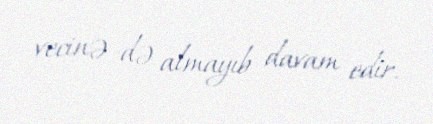
vecinə də almayıb davam edir.